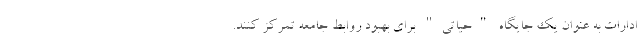
ادارات به عنوان یک جایگاه "حیاتی" برای بهبود روابط جامعه تمرکز کنند.